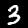
Digit: 3